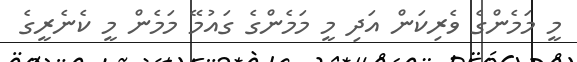
މީ މަމެންގެ ވެރިކަން އަދި މީ މަމެންގެ ގައުމޭ މަމެން މީ ކެނެރީގެ